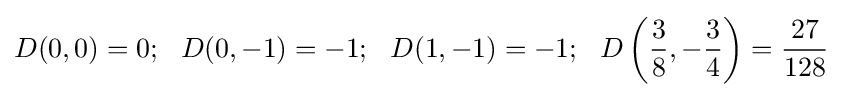
D(0,0)=0;~~D(0,-1)=-1;~~D(1,-1)=-1;~~D\left({\frac {3}{8}},-{\frac {3}{4}}\right)={\frac {27}{128}}